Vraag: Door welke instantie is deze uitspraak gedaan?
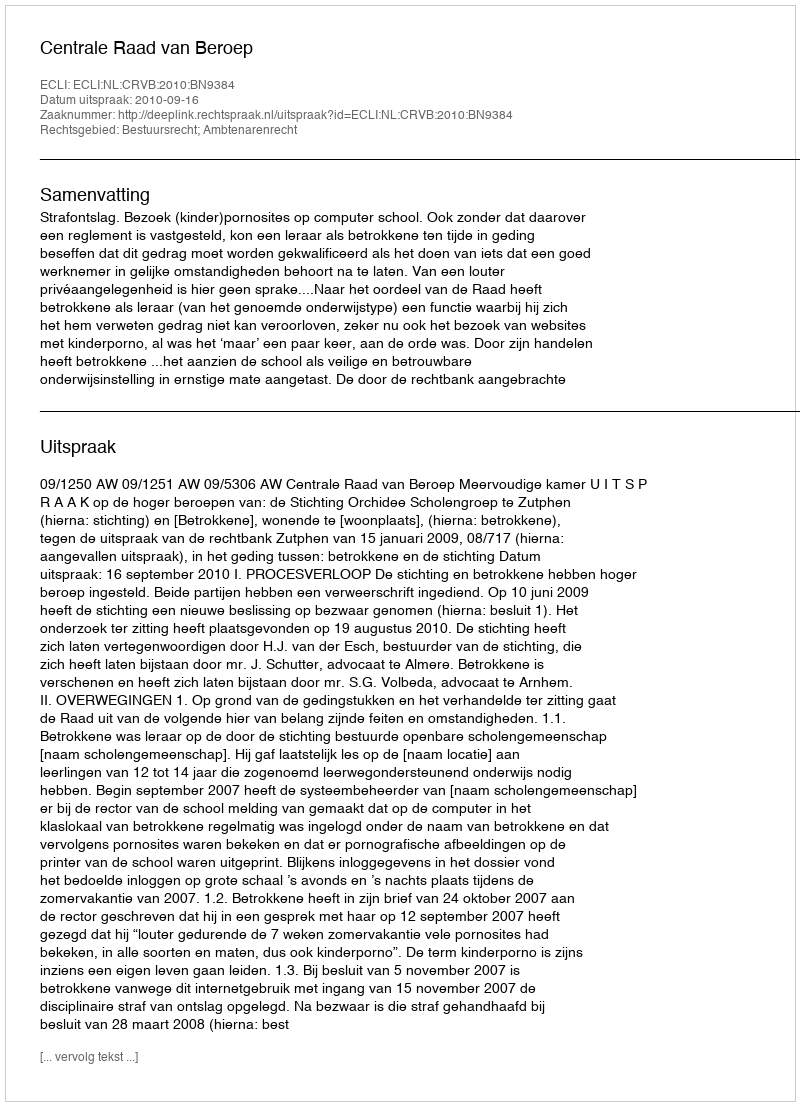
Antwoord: Centrale Raad van Beroep